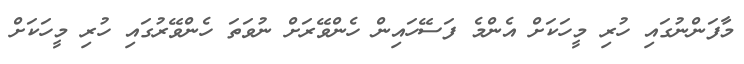
މާފަންނުގައި ހުރި މީހަކަށް އެންމެ ފަސޭހައިން ހެންވޭރަށް ނުވަތަ ހެންވޭރުގައި ހުރި މީހަކަށް